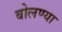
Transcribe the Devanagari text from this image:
बोलण्या